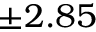
\pm 2 . 8 5